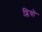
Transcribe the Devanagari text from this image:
प्लियो